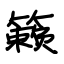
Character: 籁